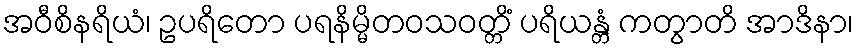
အဝီစိနရိယံ၊ ဥပရိတော ပရနိမ္မိတဝသဝတ္တိံ ပရိယန္တံ ကတွာတိ အာဒိနာ၊